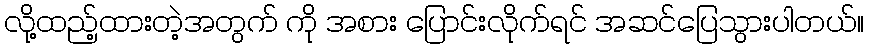
လို့ထည့်ထားတဲ့အတွက် ကို အစား ပြောင်းလိုက်ရင် အဆင်ပြေသွားပါတယ်။